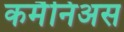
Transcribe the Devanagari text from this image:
कमैनिअस